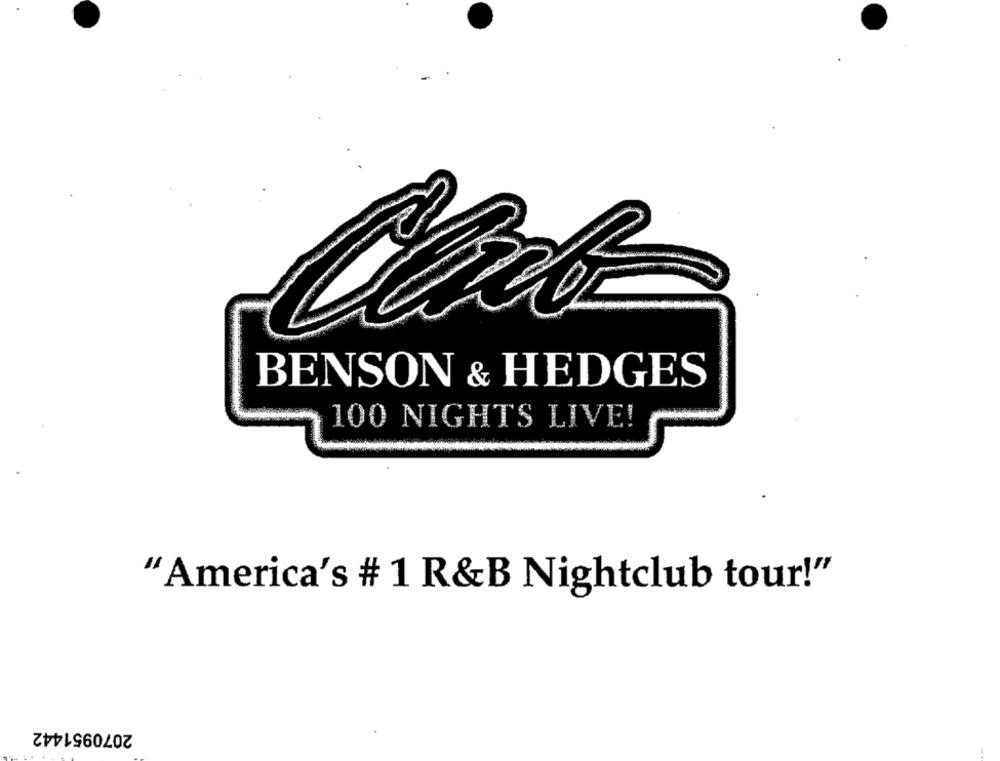
BENSON & HEDGES
100 NIGHTS LIVE!
"America's # 1 R&B Nightclub tour!"
2070951442